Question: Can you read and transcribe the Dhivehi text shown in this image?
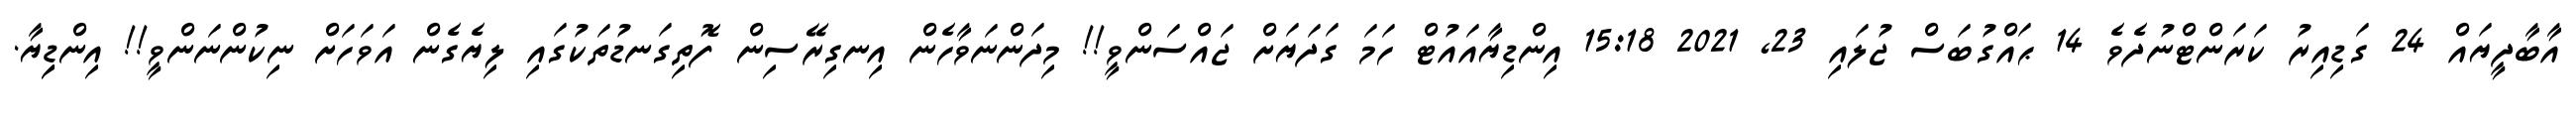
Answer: އާބާދީޔައް 24 ގަޑިއިރު ކަރަންޓްނުދެވެ 14 ޙައްގުބަސް ޖުލައި 23, 2021 15:18 އިންޑިޔާއައުޓް ހަމަ ގަދަޔަށް ޖައްސަންވީ!! މިދަންނަވާހެން އިނގިރޭސިން ފޮތިގަނޑުތަކުގައި ލިޔެގެން އަވަހަށް ނިކުންނަންވީ!! އިންޑިިޔާ.